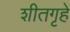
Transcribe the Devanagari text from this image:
शीतगृहे